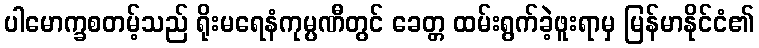
ပါမောက္ခစတမ့်သည် ရိုးမရေနံကုမ္ပဏီတွင် ခေတ္တ ထမ်းရွက်ခဲ့ဖူးရာမှ မြန်မာနိုင်ငံ၏